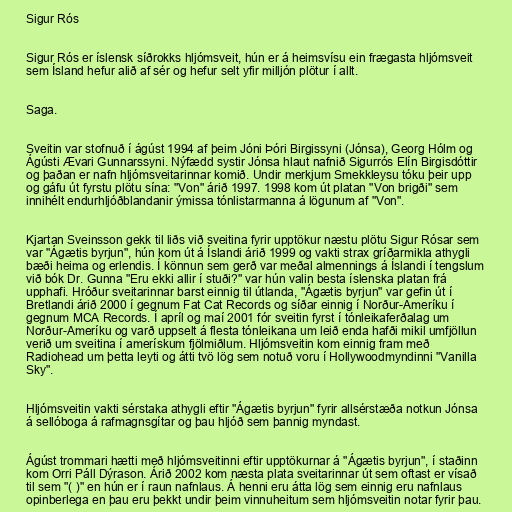
Sigur Rós

Sigur Rós er íslensk síðrokks hljómsveit, hún er á heimsvísu ein frægasta hljómsveit
sem Ísland hefur alið af sér og hefur selt yfir milljón plötur í allt.

Saga.

Sveitin var stofnuð í ágúst 1994 af þeim Jóni Þóri Birgissyni (Jónsa), Georg Hólm og
Ágústi Ævari Gunnarssyni. Nýfædd systir Jónsa hlaut nafnið Sigurrós Elín Birgisdóttir
og þaðan er nafn hljómsveitarinnar komið. Undir merkjum Smekkleysu tóku þeir upp
og gáfu út fyrstu plötu sína: "Von" árið 1997. 1998 kom út platan "Von brigði" sem
innihélt endurhljóðblandanir ýmissa tónlistarmanna á lögunum af "Von".

Kjartan Sveinsson gekk til liðs við sveitina fyrir upptökur næstu plötu Sigur Rósar sem
var "Ágætis byrjun", hún kom út á Íslandi árið 1999 og vakti strax gríðarmikla athygli
bæði heima og erlendis. Í könnun sem gerð var meðal almennings á Íslandi í tengslum
við bók Dr. Gunna "Eru ekki allir í stuði?" var hún valin besta íslenska platan frá
upphafi. Hróður sveitarinnar barst einnig til útlanda, "Ágætis byrjun" var gefin út í
Bretlandi árið 2000 í gegnum Fat Cat Records og síðar einnig í Norður-Ameríku í
gegnum MCA Records. Í apríl og maí 2001 fór sveitin fyrst í tónleikaferðalag um
Norður-Ameríku og varð uppselt á flesta tónleikana um leið enda hafði mikil umfjöllun
verið um sveitina í amerískum fjölmiðlum. Hljómsveitin kom einnig fram með
Radiohead um þetta leyti og átti tvö lög sem notuð voru í Hollywoodmyndinni "Vanilla
Sky".

Hljómsveitin vakti sérstaka athygli eftir "Ágætis byrjun" fyrir allsérstæða notkun Jónsa
á sellóboga á rafmagnsgítar og þau hljóð sem þannig myndast.

Ágúst trommari hætti með hljómsveitinni eftir upptökurnar á "Ágætis byrjun", í staðinn
kom Orri Páll Dýrason. Árið 2002 kom næsta plata sveitarinnar út sem oftast er vísað
til sem "( )" en hún er í raun nafnlaus. Á henni eru átta lög sem einnig eru nafnlaus
opinberlega en þau eru þekkt undir þeim vinnuheitum sem hljómsveitin notar fyrir þau.